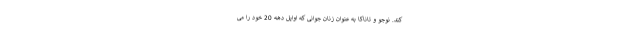
کند. نوجو و تاناکا به عنوان زنان جوانی که اوایل دهه 20 خود را می‌